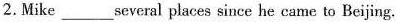
2.Mike___several places since he came to Beijing.